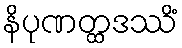
နိပုဏတ္ထဒဿိံ